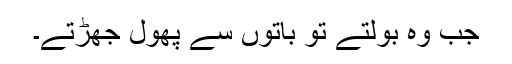
جب وہ بولتے تو باتوں سے پھول جھڑتے۔